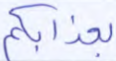
بعذابكم